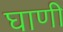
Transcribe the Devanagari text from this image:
घाणी